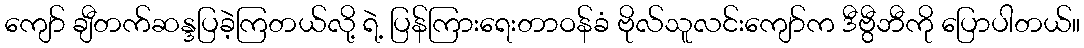
ကျော် ချီတက်ဆန္ဒပြခဲ့ကြတယ်လို့ ရဲ့ ပြန်ကြားရေးတာဝန်ခံ ဗိုလ်သူလင်းကျော်က ဒီဗွီဘီကို ပြောပါတယ်။